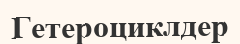
Гетероциклдер